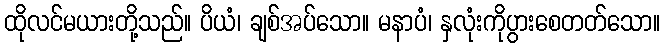
ထိုလင်မယားတို့သည်။ ပိယံ၊ ချစ်အပ်သော။ မနာပံ၊ နှလုံးကိုပွားစေတတ်သော။